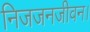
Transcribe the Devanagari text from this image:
निजजनजीवन।